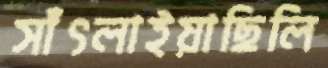
সাঁৎলাইয়াছিলি